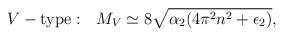
LaTeX: \begin{align*}V-{\rm type}: \ \ M_V\simeq 8\sqrt{\alpha_2(4\pi^2n^2+\epsilon_2)},\end{align*}